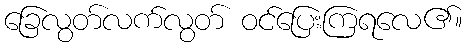
ခြေလွတ်လက်လွတ် ဝင်ပြေးကြရလေ၏။